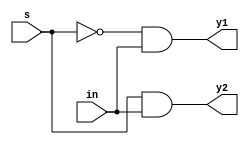
//Design:

module demux_1x2(y1,y2,in,s);
input in,s;
output y1,y2;
assign y1=((~s)&in);
assign y2=(s&in);
endmodule
/*
//Test Bench:

module demux_1x2_tb();
reg in,s;
wire y1,y2;
demux_1x2 d1(y1,y2,in,s);
initial
begin
$monitor($time," in=%b s=%b Y1=%b Y2=%b",in,s,y1,y2);
end
initial
begin
	in=1'b0; s=1'b0; 
	#5;
	in=1'b0; s=1'b1; 
	#5;
	in=1'b1; s=1'b0; 
	#5;
	in=1'b1; s=1'b1; 
	#5;
end
initial
begin
$dumpfile("dmux_1x2.dump");
$dumpvars(0,demux_1x2_tb);
end
endmodule
*/